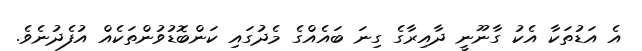
އެ އަޑުތަކާ އެކު ގާނޫނީ ދާއިރާގެ ގިނަ ބައެއްގެ މެދުގައި ކަންބޮޑުވުންތަކެއް އުފެދުނެވެ.